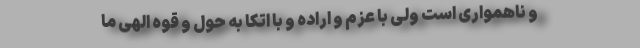
و ناهمواری است ولی با عزم و اراده و با اتکا به حول و قوه الهی ما